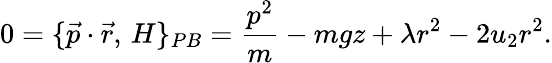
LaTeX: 0=\{ {\vec{p}}\cdot{\vec{r}},\, H\} _{PB}={\frac{p^{2}}{m}}-mgz+\lambda r^{2}-2u_{2}r^{2}.